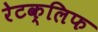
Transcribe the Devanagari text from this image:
रेटक्लिफ